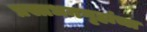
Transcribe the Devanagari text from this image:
प्रसाधनगृहांचा